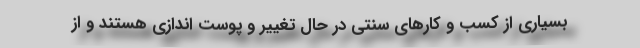
بسیاری از کسب و کارهای سنتی در حال تغییر و پوست اندازی هستند و از